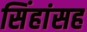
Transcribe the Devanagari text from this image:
सिंहांसह